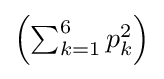
{\textstyle \left(\sum _{k=1}^{6}p_{k}^{2}\right)}